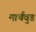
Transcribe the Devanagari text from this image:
मार्चवुड